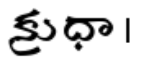
క్రుధా ।